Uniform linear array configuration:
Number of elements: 16
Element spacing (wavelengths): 1
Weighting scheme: uniform
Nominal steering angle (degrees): -45
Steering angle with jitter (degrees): -45.959
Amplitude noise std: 0.05
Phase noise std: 0.05

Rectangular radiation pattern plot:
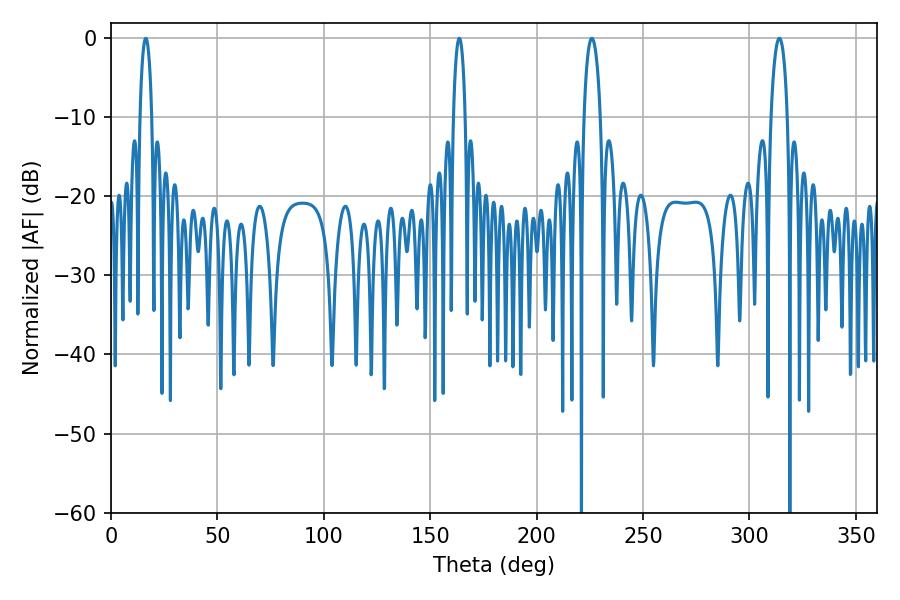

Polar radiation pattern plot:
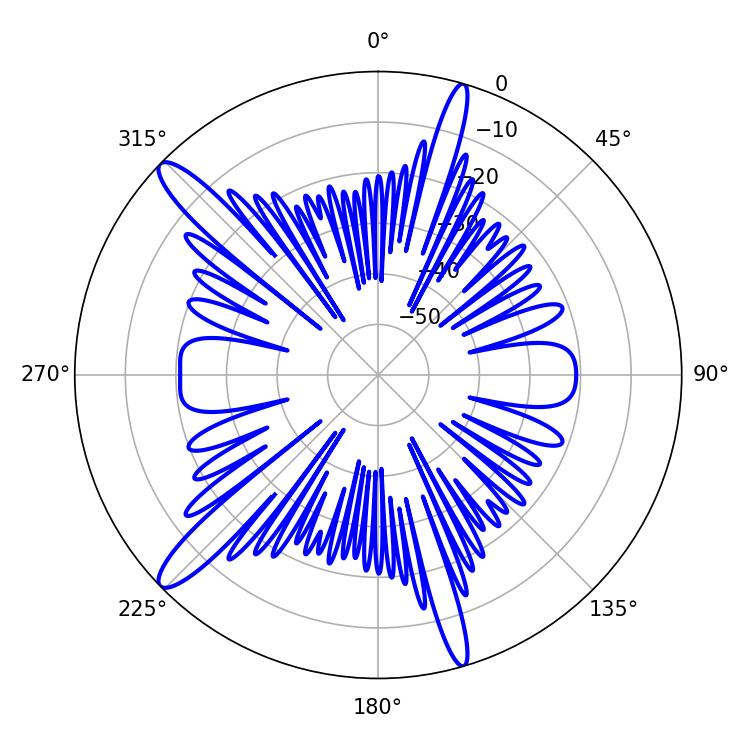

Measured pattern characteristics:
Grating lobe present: TRUE
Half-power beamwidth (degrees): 4.5
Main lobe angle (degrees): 225.9